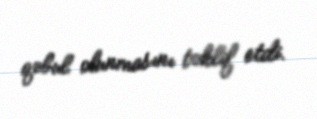
qəbul olunmasını təklif etdi.